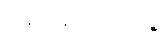
ပြည်နယ်ကိုးခု